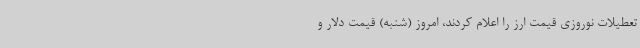
تعطیلات نوروزی قیمت ارز را اعلام کردند، امروز (‌شنبه) قیمت دلار و